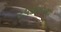
ટપકાવાળા